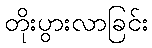
တိုးပွားလာခြင်း